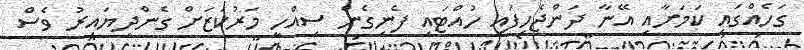
ގަހެއްގައި ކަމަށާއި އޭނާ ދަންޖެހިފައި ހުއްޓައި ފެނިގެން ސިއްހީ މަރުކަޒަށް ގެންދިޔައިރު ވެސް